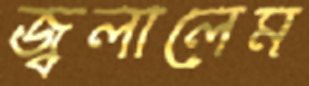
জ্বলালেম